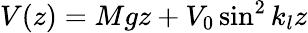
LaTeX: V(z)=Mgz+V_{0}\sin^{2}k_{l}z